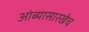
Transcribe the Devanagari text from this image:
आंब्यासारखेच